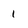
Character: i